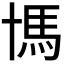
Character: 𩡪